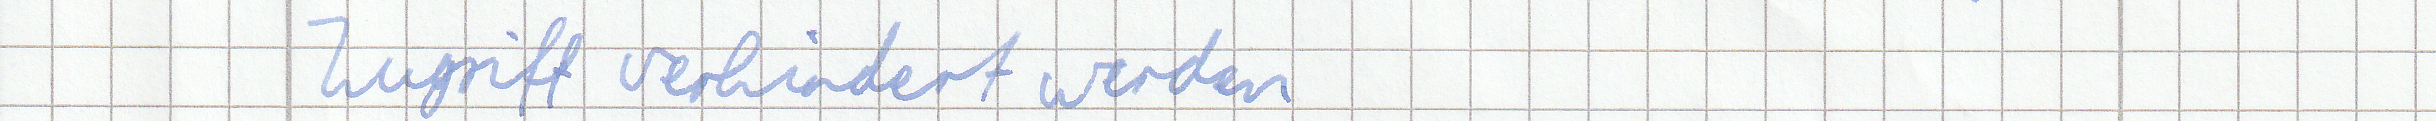
Zugriff verhindert werden